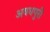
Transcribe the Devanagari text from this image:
अवधपुरी